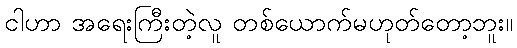
ငါဟာ အရေးကြီးတဲ့လူ တစ်ယောက်မဟုတ်တော့ဘူး။